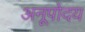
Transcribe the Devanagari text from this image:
अनूपोदय